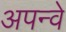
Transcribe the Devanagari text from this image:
अपन्वे